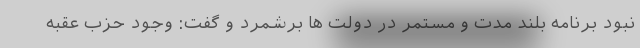
نبود برنامه بلند مدت و مستمر در دولت ها برشمرد و گفت: وجود حزب عقبه